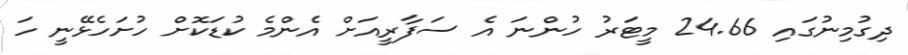
ދިގުމިނުގައި 24.66 މީޓަރު ހުންނަ އެ ސަފާރީއަށް އެންމެ ކުޑަކޮށް ހުށަހެޅޭނީ ހަ